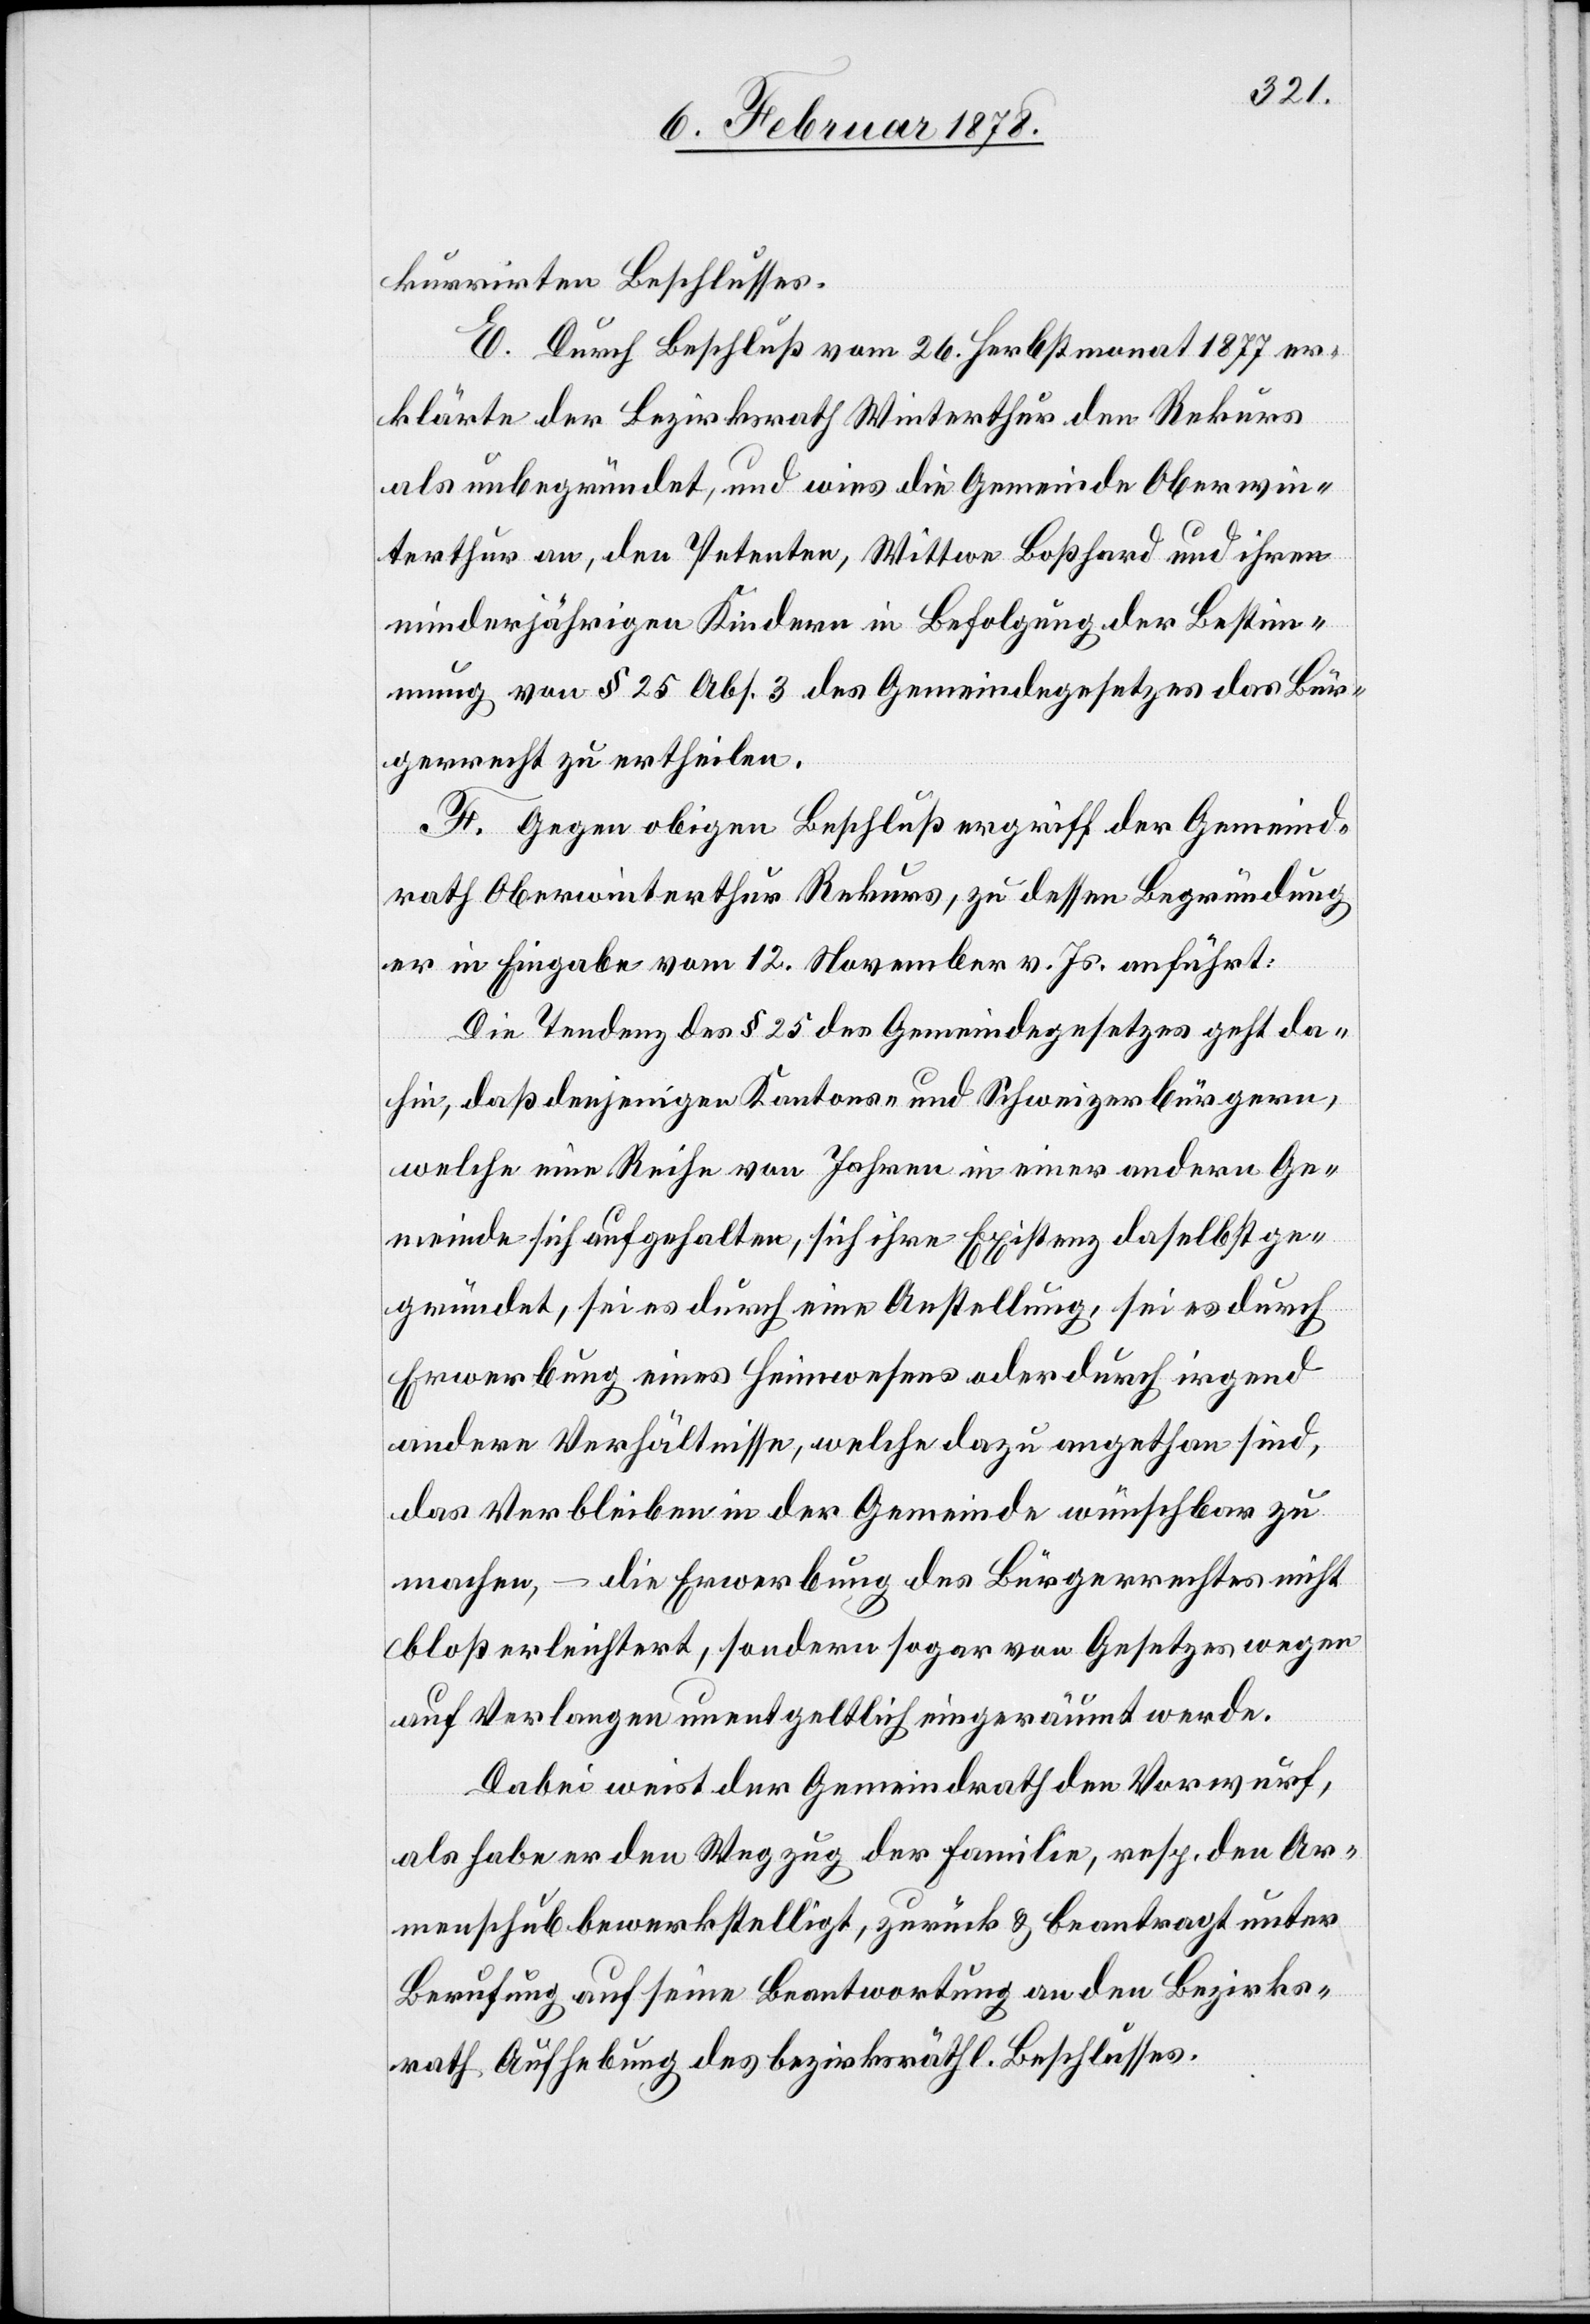
kurrirten Beschlusses.
E. Durch Beschluß vom 26. Herbstmonat 1877 er¬
klärte der Bezirksrath Winterthur den Rekurs
als unbegründet, und wies die Gemeinde Oberwin¬
terthur an, den Petenten, Wittwe Boßhard und ihren
minderjährigen Kindern in Befolgung der Bestim¬
mung von § 25 Abs. 3 des Gemeindegesetzes das Bür¬
gerrecht zu ertheilen.
F. Gegen obigen Beschluß ergriff der Gemeind¬
rath Oberwinterthur Rekurs, zu dessen Begründung
er in Eingabe vom 12. November v. Js. anführt:
Die Tendenz des § 25 des Gemeindegesetzes geht da¬
hin, daß denjenigen Kantons- und Schweizerbürgern,
welche eine Reihe von Jahren in einer andern Ge¬
meinde sich aufgehalten, sich ihre Existenz daselbst ge¬
gründet, sei es durch eine Anstellung, sei es durch
Erwerbung eines Heimwesens oder durch irgend
andere Verhältnisse, welche dazu angethan sind,
das Verbleiben in der Gemeinde wünschbar zu
machen, – die Erwerbung des Bürgerrechtes nicht
bloß erleichtert, sondern sogar von Gesetzes wegen
auf Verlangen unentgeltlich eingeräumt werde.
Dabei weist der Gemeindrath den Vorwurf,
als habe er den Wegzug der Familie, resp. den Ar¬
menschub bewerkstelligt, zurück & beantragt unter
Berufung auf seine Beantwortung an den Bezirks¬
rath Aufhebung des bezirksräthl. Beschlusses.